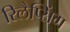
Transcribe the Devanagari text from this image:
रिलैप्सिंग